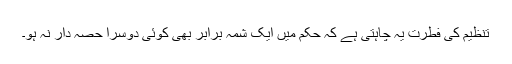
تنظیم کی فطرت یہ چاہتی ہے کہ حکم میں ایک شمہ برابر بھی کوئی دوسرا حصہ دار نہ ہو۔